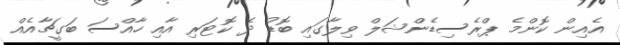
އެއިން ކޮންމެ ޕްރެސިޑެންޝަލް ވިލާގައި ބޮޑު ދެ ކޮޓަރި އާއި ހާއްސަ ބަގީޗާއެއް